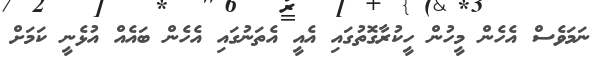
ނަމަވެސް އެހެން މީހުން ހީކުރާގޮތުގައި އެއީ އެތަނުގައި އެހެން ބައެއް އުޅެނީ ކަމަށް